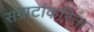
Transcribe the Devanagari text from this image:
सम्राटांकरिता